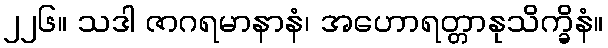
၂၂၆။ သဒါ ဇာဂရမာနာနံ၊ အဟောရတ္တာနုသိက္ခိနံ။